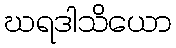
ဃရဒါသိယော